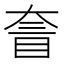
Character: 𡙄